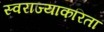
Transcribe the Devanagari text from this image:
स्वराज्याकरिता